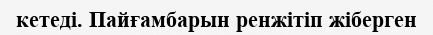
кетеді. Пайғамбарын ренжітіп жіберген